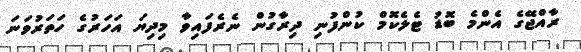
ރާއްޖޭގެ އެންމެ ބޮޑު ޓެލެކޮމް ކުންފުނި ދިރާގުން ނެރެފައިވާ މިދިޔަ އަހަރުގެ ހަތަރުވަނަ